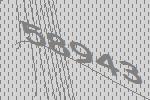
58943